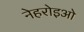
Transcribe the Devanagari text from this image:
नेहरोइओ